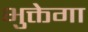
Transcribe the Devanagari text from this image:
भुक्तेगा